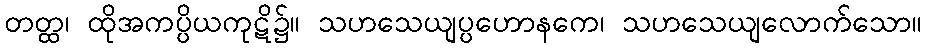
တတ္ထ၊ ထိုအကပ္ပိယကုဋိ၌။ သဟသေယျပ္ပဟောနကေ၊ သဟသေယျလောက်သော။